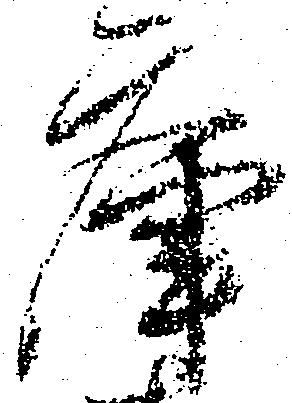
庫